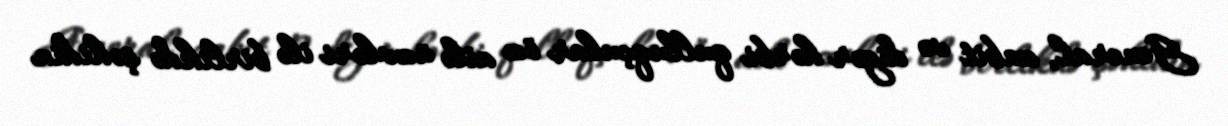
General, zabit və digər hərbi qulluqçular öz ailə üzvləri ilə birlikdə şəhidin